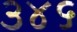
૩૪૬